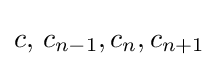
c,\!\ c_{n-1},c_{n},c_{n+1}